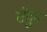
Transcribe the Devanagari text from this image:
सेगुन